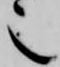
也